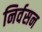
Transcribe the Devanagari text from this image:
निर्वसन